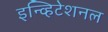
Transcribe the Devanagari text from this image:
इन्व्हिटेशनल